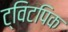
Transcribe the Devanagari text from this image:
ट्विटपिक